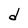
Character: d